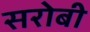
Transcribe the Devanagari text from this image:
सरोबी